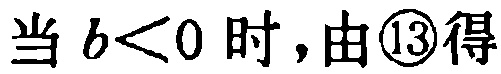
当 \(b<0\) 时，由\textcircled{13}得